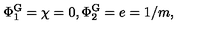
\Phi _ { 1 } ^ { \mathrm { G } } = \chi = 0 , \Phi _ { 2 } ^ { \mathrm { G } } = e = 1 / m ,